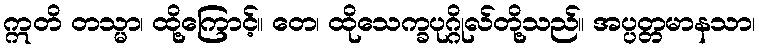
ဣတိ တသ္မာ၊ ထို့ကြောင့်။ တေ၊ ထိုသေက္ခပုဂ္ဂိုလ်တို့သည်။ အပ္ပတ္တမာနသာ၊